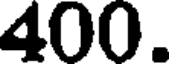
400.